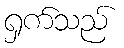
ရှက်သည်